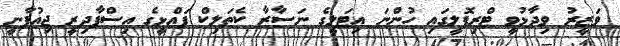
ވަޒީރު ވިދާޅުވީ ޓްރިޕޮލީގައި ހުންނަ އިޓަލީގެ ނަސާރާ ކެތަލިކް ފައްޅީގެ އިސްފާދިރީ ޖިއުފާނީ